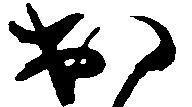
出